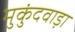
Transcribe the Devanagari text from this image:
मुकुंदवाड़ा